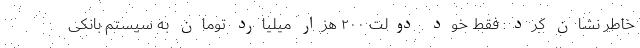
خاطر نشان کرد: فقط خود دولت ۲۰۰ هزار میلیارد تومان به سیستم بانکی